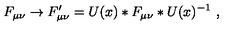
F _ { \mu \nu } \to F _ { \mu \nu } ^ { \prime } = U ( x ) * F _ { \mu \nu } * U ( x ) ^ { - 1 } \ ,